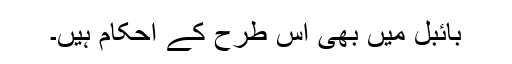
بائبل میں بھی اس طرح کے احکام ہیں۔